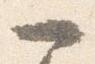
一